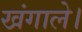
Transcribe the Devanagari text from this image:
खंगाले।